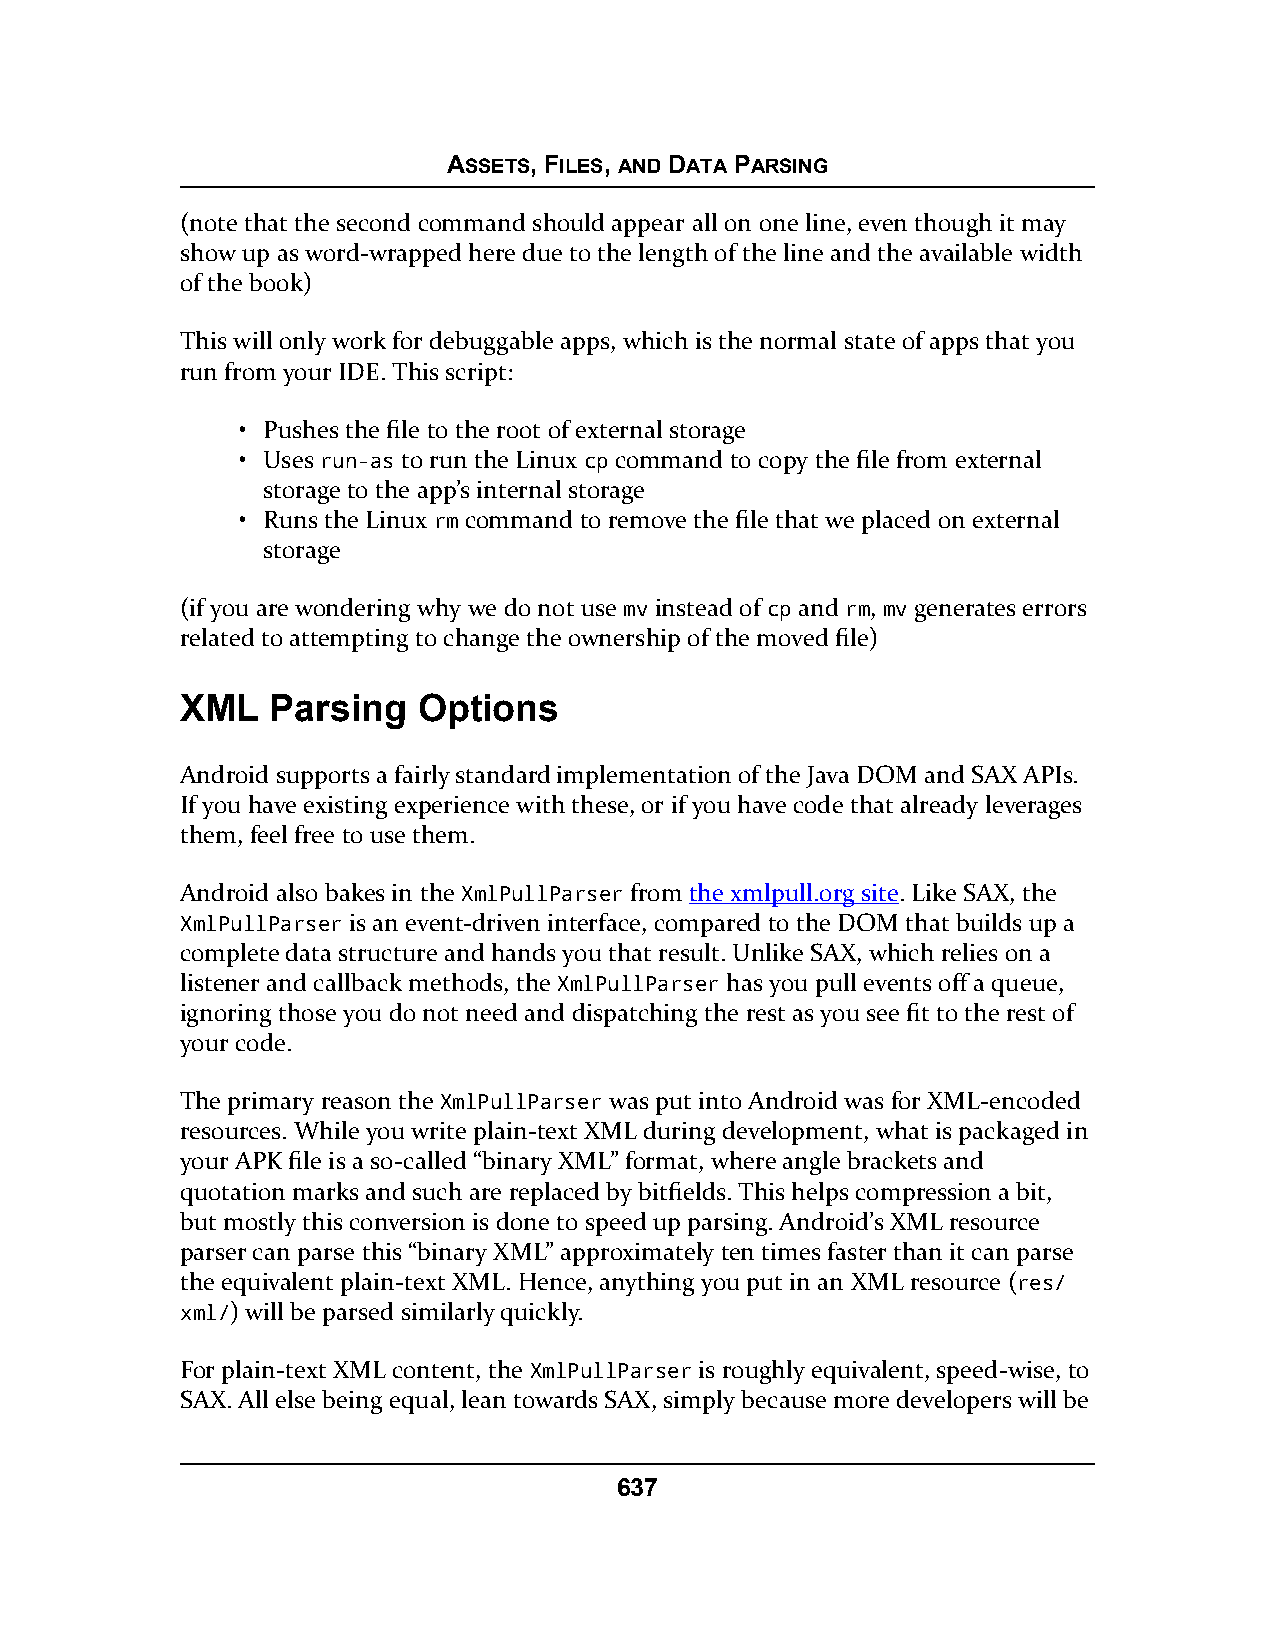
ASSETS, FILES, AND DATA PARSING
 (note that the second command should appear all on one line, even though it may
 show up as word-wrapped here due to the length of the line and the available width
 of the book)
 This will only work for debuggable apps, which is the normal state of apps that you
 run from your IDE. This script:
 • Pushes the file to the root of external storage
 • Uses run-as to run the Linux cp command to copy the file from external
 storage to the app’s internal storage
 • Runs the Linux rm command to remove the file that we placed on external
 storage
 (if you are wondering why we do not use mv instead of cp and rm, mv generates errors
 related to attempting to change the ownership of the moved file)
 XML   Parsing   Options
 Android supports a fairly standard implementation of the Java DOM and SAX APIs.
 If you have existing experience with these, or if you have code that already leverages
 them, feel free to use them.
 Android also bakes in the XmlPullParser from the xmlpull.org site. Like SAX, the
 XmlPullParser is an event-driven interface, compared to the DOM that builds up a
 complete data structure and hands you that result. Unlike SAX, which relies on a
 listener and callback methods, the XmlPullParser has you pull events off a queue,
 ignoring those you do not need and dispatching the rest as you see fit to the rest of
 your code.
 The primary reason the XmlPullParser was put into Android was for XML-encoded
 resources. While you write plain-text XML during development, what is packaged in
 your APK file is a so-called “binary XML” format, where angle brackets and
 quotation marks and such are replaced by bitfields. This helps compression a bit,
 but mostly this conversion is done to speed up parsing. Android’s XML resource
 parser can parse this “binary XML” approximately ten times faster than it can parse
 the equivalent plain-text XML. Hence, anything you put in an XML resource (res/
 xml/) will be parsed similarly quickly.
 For plain-text XML content, the XmlPullParser is roughly equivalent, speed-wise, to
 SAX. All else being equal, lean towards SAX, simply because more developers will be
 637